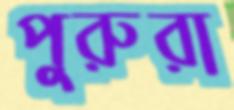
পুরুরা